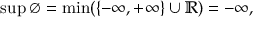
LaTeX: \operatorname* { s u p } \varnothing = \operatorname* { m i n } ( \{ - \infty , + \infty \} \cup \mathbb { R } ) = - \infty ,